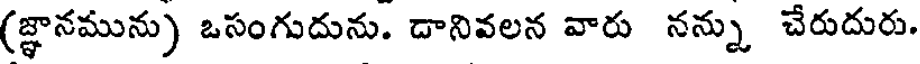
(జ్ఞానమును ఒసంగుదును. దానివలన వారు నన్ను చేరుదురు.